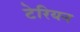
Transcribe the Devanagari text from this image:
टेरियन